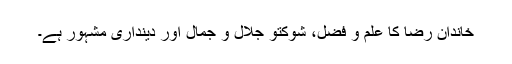
خاندان رضا کا علم و فضل، شوکتو جلال و جمال اور دینداری مشہور ہے۔